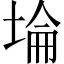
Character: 埨